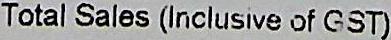
TOTAL SALES (INCLUSIVE OF GST)